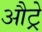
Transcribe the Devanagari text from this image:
औट्रे